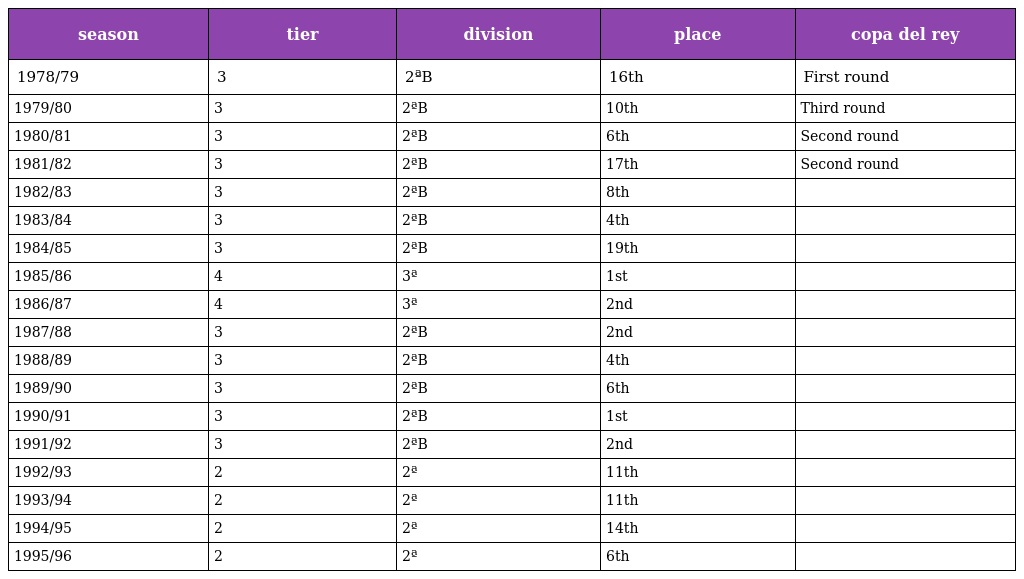
| season | tier | division | place | copa del rey |
 | --- | --- | --- | --- | --- |
 | 1978/79 | 3 | 2ªB | 16th | First round |
 | 1979/80 | 3 | 2ªB | 10th | Third round |
 | 1980/81 | 3 | 2ªB | 6th | Second round |
 | 1981/82 | 3 | 2ªB | 17th | Second round |
 | 1982/83 | 3 | 2ªB | 8th |  |
 | 1983/84 | 3 | 2ªB | 4th |  |
 | 1984/85 | 3 | 2ªB | 19th |  |
 | 1985/86 | 4 | 3ª | 1st |  |
 | 1986/87 | 4 | 3ª | 2nd |  |
 | 1987/88 | 3 | 2ªB | 2nd |  |
 | 1988/89 | 3 | 2ªB | 4th |  |
 | 1989/90 | 3 | 2ªB | 6th |  |
 | 1990/91 | 3 | 2ªB | 1st |  |
 | 1991/92 | 3 | 2ªB | 2nd |  |
 | 1992/93 | 2 | 2ª | 11th |  |
 | 1993/94 | 2 | 2ª | 11th |  |
 | 1994/95 | 2 | 2ª | 14th |  |
 | 1995/96 | 2 | 2ª | 6th |  |